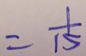
= \frac { 1 } { 1 5 }